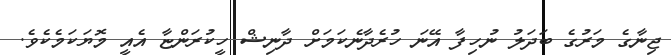
ޖިނާގެ މަރުގެ ބަދަލު ނުހިފާ އޭނަ ހުރެދާނެކަމަށް ދާނިޝް ހީކުރަންޏާ އެއީ މޮޔަކަމެކެވެ.